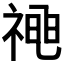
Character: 𱵚